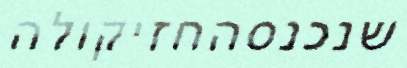
שנכנסהחזיקולה